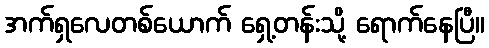
အက်ရှလေတစ်ယောက် ရှေ့တန်းသို့ ရောက်နေပြီ။